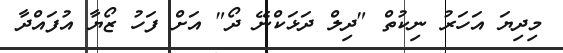
މިދިޔަ އަހަރު ނިކުތް "ދިލް ދަޅަކްނޭ ދޯ" އަށް ފަހު ޒޯޔާ އުފައްދާ